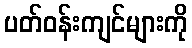
ပတ်ဝန်းကျင်များကို